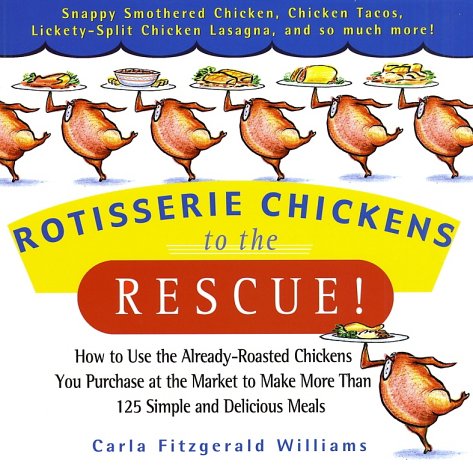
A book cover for Rotisserie Chickens to the Rescue!: How to Use the Already-Roasted Chickens You Purchase at the Market to Make More Than 125 Simple and Delicious Meals; Carla Fitzgerald Williams; Cookbooks, Food & Wine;